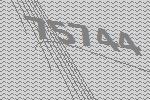
75744